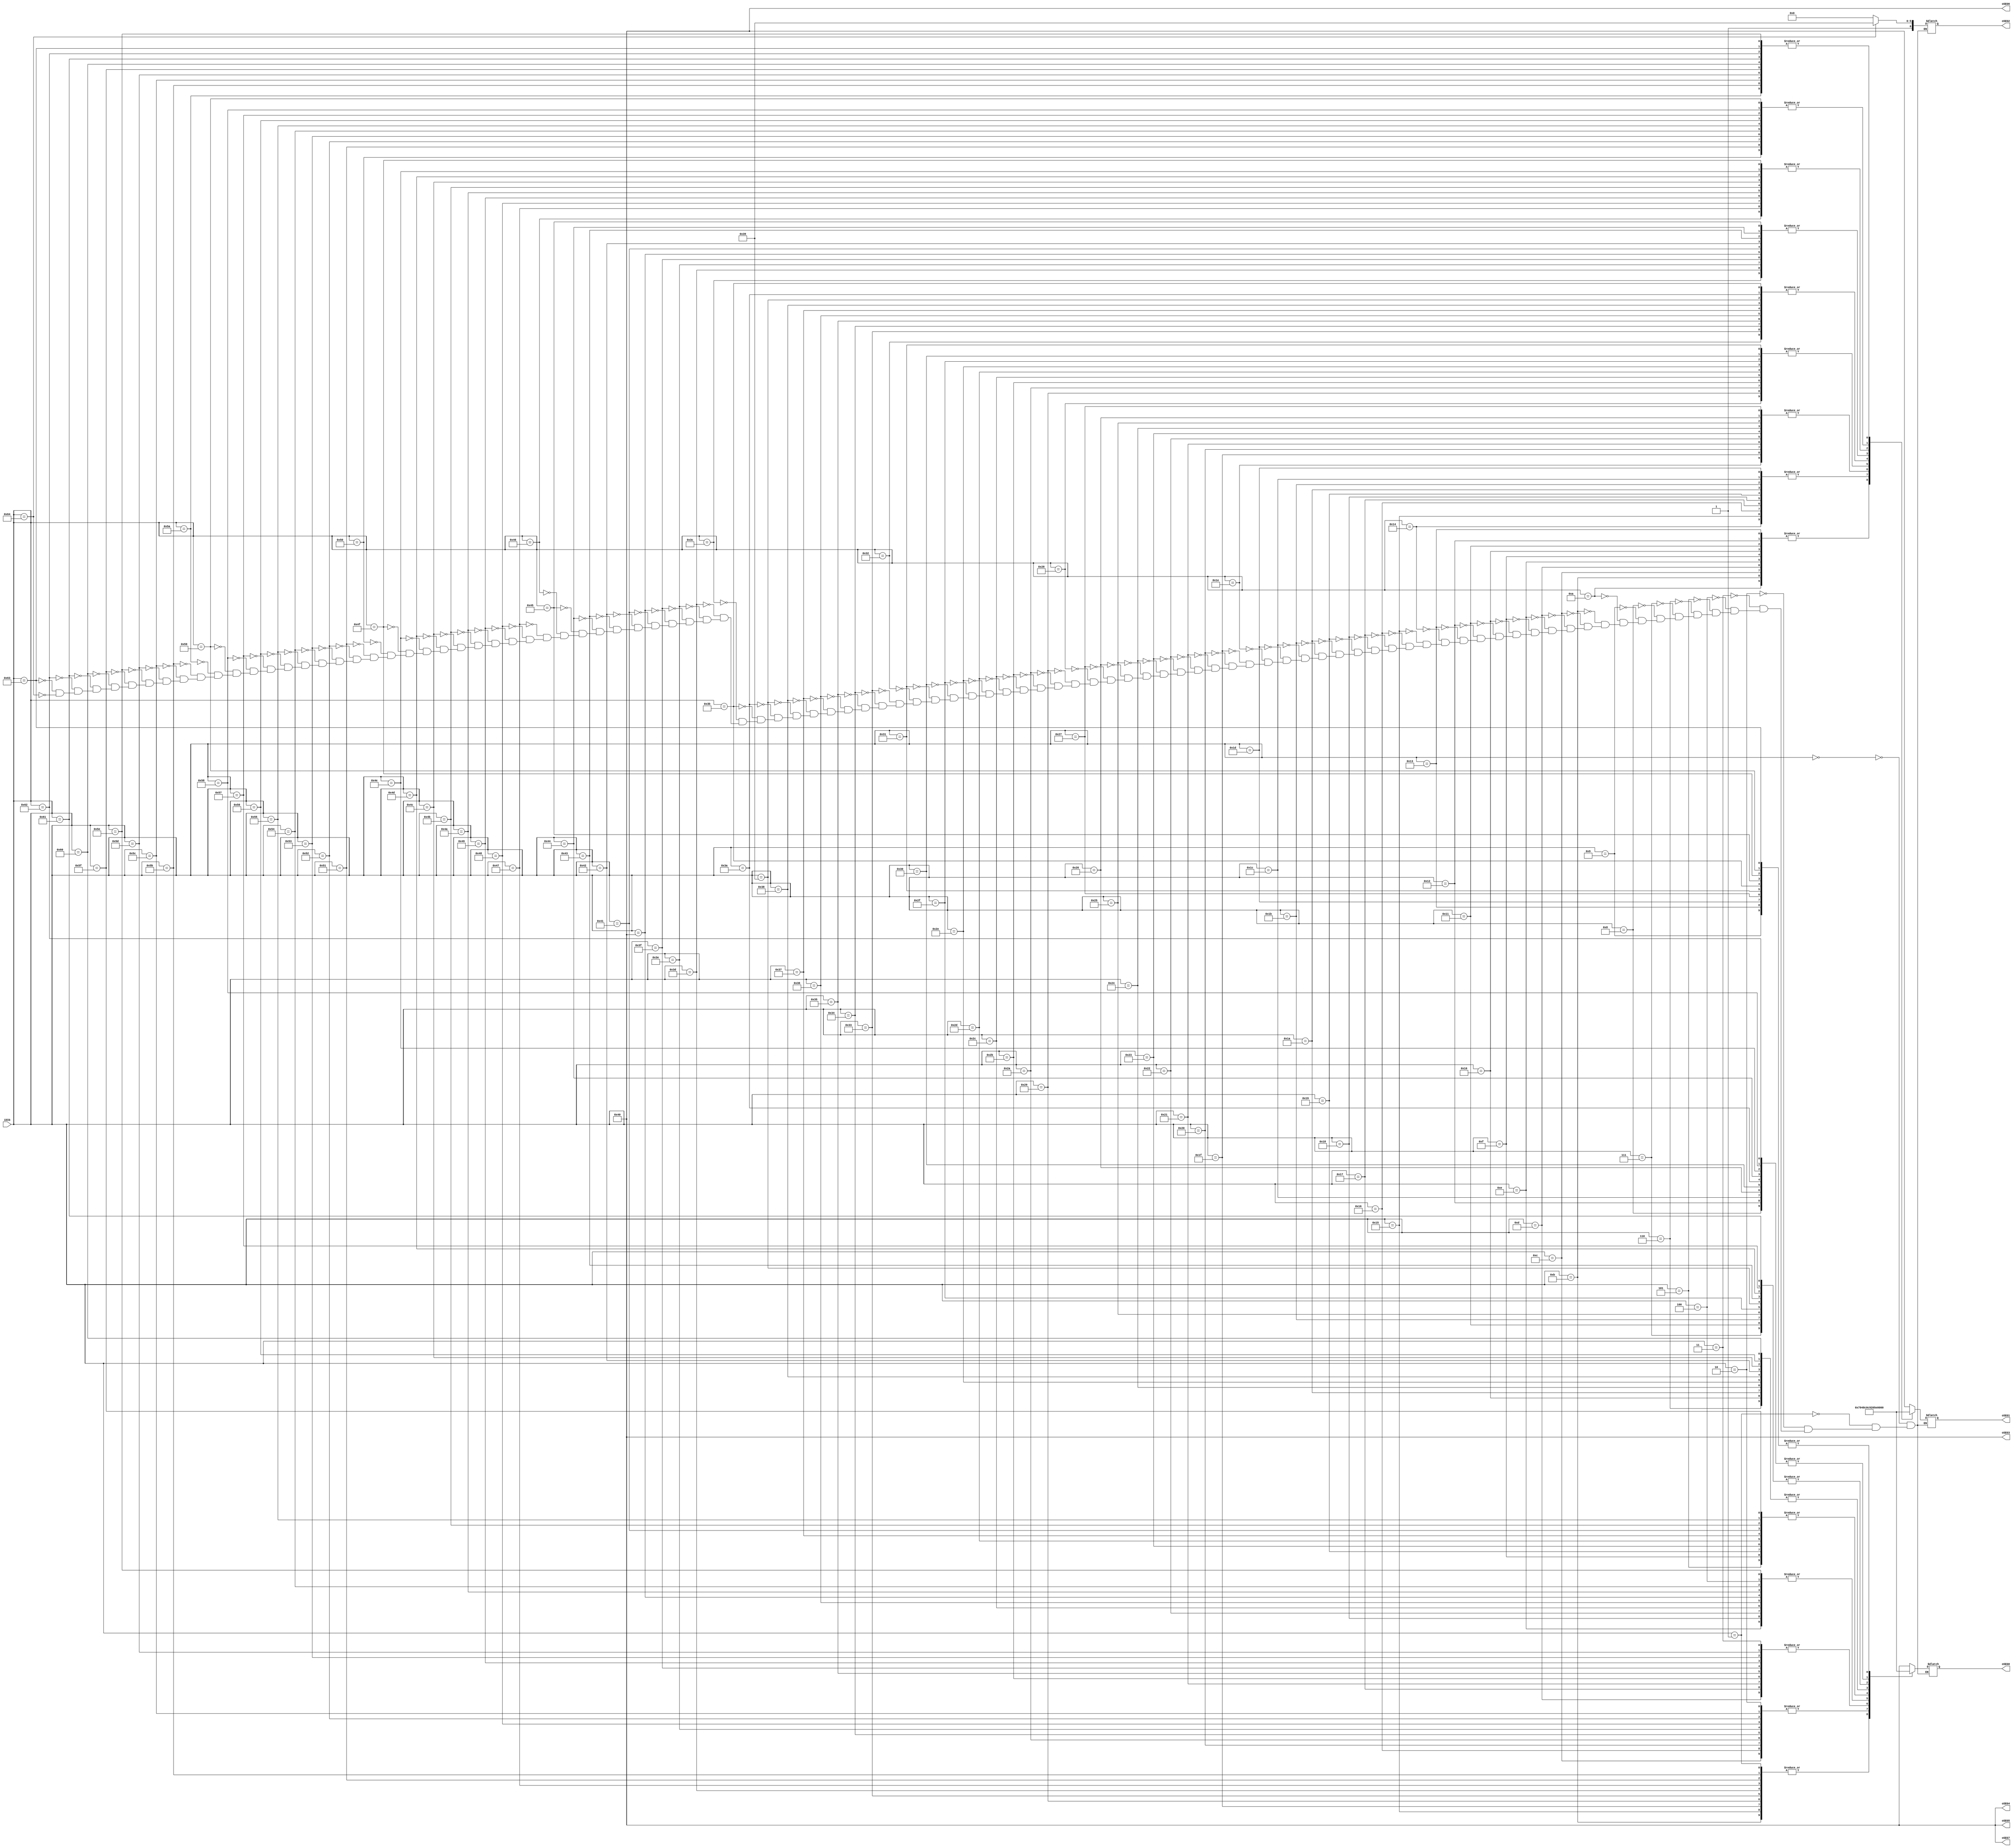
// --------------------------------------------------------------------
// Copyright (c) 2007 by Terasic Technologies Inc. 
// --------------------------------------------------------------------
//
// Permission:
//
//   Terasic grants permission to use and modify this code for use
//   in synthesis for all Terasic Development Boards and Altera Development 
//   Kits made by Terasic.  Other use of this code, including the selling 
//   ,duplication, or modification of any portion is strictly prohibited.
//
// Disclaimer:
//
//   This VHDL/Verilog or C/C++ source code is intended as a design reference
//   which illustrates how these types of functions can be implemented.
//   It is the user's responsibility to verify their design for
//   consistency and functionality through the use of formal
//   verification methods.  Terasic provides no warranty regarding the use 
//   or functionality of this code.
//
// --------------------------------------------------------------------
//           
//                     Terasic Technologies Inc
//                     356 Fu-Shin E. Rd Sec. 1. JhuBei City,
//                     HsinChu County, Taiwan
//                     302
//
//                     web: http://www.terasic.com/
//
// --------------------------------------------------------------------
//
// Major Functions:	SEG7_LUT_8
//
// --------------------------------------------------------------------
//
// Revision History :
// --------------------------------------------------------------------
//   Ver  :| Author            :| Mod. Date :| Changes Made:
//   V1.0 :| Johnny FAN        :| 07/07/09  :| Initial Revision
// --------------------------------------------------------------------

module SEG7_LUT_8 ( oSEG0,oSEG1,oSEG2,oSEG3,oSEG4,oSEG5,oSEG6,oSEG7,iDIG );
//input clk;
input	[31:0]	iDIG;
output reg	[6:0]	oSEG0,oSEG1,oSEG2,oSEG3,oSEG4,oSEG5,oSEG6,oSEG7;

always@(iDIG)
begin
	{oSEG3,oSEG4,oSEG5,oSEG6,oSEG7} =  {7'd64, 7'd64, 7'd64,7'd64,7'd64};
	case(iDIG)
		32'd0:   {oSEG2,oSEG1,oSEG0} =  {7'd64, 7'd64, 7'd64  };
		32'd1:   {oSEG2,oSEG1,oSEG0} =  {7'd64, 7'd64, 7'd121 };	
		32'd2:   {oSEG2,oSEG1,oSEG0} =  {7'd64, 7'd64, 7'd36  };	
		32'd3:   {oSEG2,oSEG1,oSEG0} =  {7'd64, 7'd64, 7'd48  };	
		32'd4:   {oSEG2,oSEG1,oSEG0} =  {7'd64, 7'd64, 7'd25  };	
		32'd5:   {oSEG2,oSEG1,oSEG0} =  {7'd64, 7'd64, 7'd18  };	
		32'd6:   {oSEG2,oSEG1,oSEG0} =  {7'd64, 7'd64, 7'd2   };	
		32'd7:   {oSEG2,oSEG1,oSEG0} =  {7'd64, 7'd64, 7'd120 };	
		32'd8:   {oSEG2,oSEG1,oSEG0} =  {7'd64, 7'd64, 7'd0   };	
		32'd9:   {oSEG2,oSEG1,oSEG0} =  {7'd64, 7'd64, 7'd24  };
		32'd10:  {oSEG2,oSEG1,oSEG0} =  {7'd64, 7'd121, 7'd64 };
		32'd11:  {oSEG2,oSEG1,oSEG0} =  {7'd64, 7'd121, 7'd121};	
		32'd12:  {oSEG2,oSEG1,oSEG0} =  {7'd64, 7'd121, 7'd36 };	
		32'd13:  {oSEG2,oSEG1,oSEG0} =  {7'd64, 7'd121, 7'd48 };	
		32'd14:  {oSEG2,oSEG1,oSEG0} =  {7'd64, 7'd121, 7'd25 };	
		32'd15:  {oSEG2,oSEG1,oSEG0} =  {7'd64, 7'd121, 7'd18 };	
		32'd16:  {oSEG2,oSEG1,oSEG0} =  {7'd64, 7'd121, 7'd2  };	
		32'd17:  {oSEG2,oSEG1,oSEG0} =  {7'd64, 7'd121, 7'd120};	
		32'd18:  {oSEG2,oSEG1,oSEG0} =  {7'd64, 7'd121, 7'd0  };	
		32'd19:  {oSEG2,oSEG1,oSEG0} =  {7'd64, 7'd121, 7'd24 };
		32'd20:  {oSEG2,oSEG1,oSEG0} =  {7'd64, 7'd36, 7'd64  };
		32'd21:  {oSEG2,oSEG1,oSEG0} =  {7'd64, 7'd36, 7'd121 };	
		32'd22:  {oSEG2,oSEG1,oSEG0} =  {7'd64, 7'd36, 7'd36  };	
		32'd23:  {oSEG2,oSEG1,oSEG0} =  {7'd64, 7'd36, 7'd48  };	
		32'd24:  {oSEG2,oSEG1,oSEG0} =  {7'd64, 7'd36, 7'd25  };	
		32'd25:  {oSEG2,oSEG1,oSEG0} =  {7'd64, 7'd36, 7'd18  };	
		32'd26:  {oSEG2,oSEG1,oSEG0} =  {7'd64, 7'd36, 7'd2   };	
		32'd27:  {oSEG2,oSEG1,oSEG0} =  {7'd64, 7'd36, 7'd120 };	
		32'd28:  {oSEG2,oSEG1,oSEG0} =  {7'd64, 7'd36, 7'd0   };	
		32'd29:  {oSEG2,oSEG1,oSEG0} =  {7'd64, 7'd36, 7'd24  };
		32'd30:  {oSEG2,oSEG1,oSEG0} =  {7'd64, 7'd48, 7'd64  };
		32'd31:  {oSEG2,oSEG1,oSEG0} =  {7'd64, 7'd48, 7'd121 };	
		32'd32:  {oSEG2,oSEG1,oSEG0} =  {7'd64, 7'd48, 7'd36  };	
		32'd33:  {oSEG2,oSEG1,oSEG0} =  {7'd64, 7'd48, 7'd48  };	
		32'd34:  {oSEG2,oSEG1,oSEG0} =  {7'd64, 7'd48, 7'd25  };	
		32'd35:  {oSEG2,oSEG1,oSEG0} =  {7'd64, 7'd48, 7'd18  };	
		32'd36:  {oSEG2,oSEG1,oSEG0} =  {7'd64, 7'd48, 7'd2   };	
		32'd37:  {oSEG2,oSEG1,oSEG0} =  {7'd64, 7'd48, 7'd120 };	
		32'd38:  {oSEG2,oSEG1,oSEG0} =  {7'd64, 7'd48, 7'd0   };	
		32'd39:  {oSEG2,oSEG1,oSEG0} =  {7'd64, 7'd48, 7'd24  };
		32'd40:  {oSEG2,oSEG1,oSEG0} =  {7'd64, 7'd25, 7'd64  };
		32'd41:  {oSEG2,oSEG1,oSEG0} =  {7'd64, 7'd25, 7'd121 };	
		32'd42:  {oSEG2,oSEG1,oSEG0} =  {7'd64, 7'd25, 7'd36  };	
		32'd43:  {oSEG2,oSEG1,oSEG0} =  {7'd64, 7'd25, 7'd48  };	
		32'd44:  {oSEG2,oSEG1,oSEG0} =  {7'd64, 7'd25, 7'd25  };	
		32'd45:  {oSEG2,oSEG1,oSEG0} =  {7'd64, 7'd25, 7'd18  };	
		32'd46:  {oSEG2,oSEG1,oSEG0} =  {7'd64, 7'd25, 7'd2   };	
		32'd47:  {oSEG2,oSEG1,oSEG0} =  {7'd64, 7'd25, 7'd120 };	
		32'd48:  {oSEG2,oSEG1,oSEG0} =  {7'd64, 7'd25, 7'd0   };	
		32'd49:  {oSEG2,oSEG1,oSEG0} =  {7'd64, 7'd25, 7'd24  };
		32'd50:  {oSEG2,oSEG1,oSEG0} =  {7'd64, 7'd18, 7'd64  };
		32'd51:  {oSEG2,oSEG1,oSEG0} =  {7'd64, 7'd18, 7'd121 };	
		32'd52:  {oSEG2,oSEG1,oSEG0} =  {7'd64, 7'd18, 7'd36  };	
		32'd53:  {oSEG2,oSEG1,oSEG0} =  {7'd64, 7'd18, 7'd48  };	
		32'd54:  {oSEG2,oSEG1,oSEG0} =  {7'd64, 7'd18, 7'd25  };	
		32'd55:  {oSEG2,oSEG1,oSEG0} =  {7'd64, 7'd18, 7'd18  };	
		32'd56:  {oSEG2,oSEG1,oSEG0} =  {7'd64, 7'd18, 7'd2   };	
		32'd57:  {oSEG2,oSEG1,oSEG0} =  {7'd64, 7'd18, 7'd120 };	
		32'd58:  {oSEG2,oSEG1,oSEG0} =  {7'd64, 7'd18, 7'd0   };	
		32'd59:  {oSEG2,oSEG1,oSEG0} =  {7'd64, 7'd18, 7'd24  };
		32'd60:  {oSEG2,oSEG1,oSEG0} =  {7'd64, 7'd2, 7'd64   };
		32'd61:  {oSEG2,oSEG1,oSEG0} =  {7'd64, 7'd2, 7'd121  };	
		32'd62:  {oSEG2,oSEG1,oSEG0} =  {7'd64, 7'd2, 7'd36   };
		32'd63:  {oSEG2,oSEG1,oSEG0} =  {7'd64, 7'd2, 7'd48   };
		32'd64:  {oSEG2,oSEG1,oSEG0} =  {7'd64, 7'd2, 7'd25   };
		32'd65:  {oSEG2,oSEG1,oSEG0} =  {7'd64, 7'd2, 7'd18   };
		32'd66:  {oSEG2,oSEG1,oSEG0} =  {7'd64, 7'd2, 7'd2    };
		32'd67:  {oSEG2,oSEG1,oSEG0} =  {7'd64, 7'd2, 7'd120  };
		32'd68:  {oSEG2,oSEG1,oSEG0} =  {7'd64, 7'd2, 7'd0    };
		32'd69:  {oSEG2,oSEG1,oSEG0} =  {7'd64, 7'd2, 7'd24   };
		32'd70:  {oSEG2,oSEG1,oSEG0} =  {7'd64, 7'd120, 7'd64 };
		32'd71:  {oSEG2,oSEG1,oSEG0} =  {7'd64, 7'd120, 7'd121};	
		32'd72:  {oSEG2,oSEG1,oSEG0} =  {7'd64, 7'd120, 7'd36 };	
		32'd73:  {oSEG2,oSEG1,oSEG0} =  {7'd64, 7'd120, 7'd48 };	
		32'd74:  {oSEG2,oSEG1,oSEG0} =  {7'd64, 7'd120, 7'd25 };	
		32'd75:  {oSEG2,oSEG1,oSEG0} =  {7'd64, 7'd120, 7'd18 };	
		32'd76:  {oSEG2,oSEG1,oSEG0} =  {7'd64, 7'd120, 7'd2  };	
		32'd77:  {oSEG2,oSEG1,oSEG0} =  {7'd64, 7'd120, 7'd120};	
		32'd78:  {oSEG2,oSEG1,oSEG0} =  {7'd64, 7'd120, 7'd0  };	
		32'd79:  {oSEG2,oSEG1,oSEG0} =  {7'd64, 7'd120, 7'd24 };
		32'd80:  {oSEG2,oSEG1,oSEG0} =  {7'd64, 7'd0, 7'd64   };
		32'd81:  {oSEG2,oSEG1,oSEG0} =  {7'd64, 7'd0, 7'd121  };
		32'd82:  {oSEG2,oSEG1,oSEG0} =  {7'd64, 7'd0, 7'd36   };
		32'd83:  {oSEG2,oSEG1,oSEG0} =  {7'd64, 7'd0, 7'd48   };
		32'd84:  {oSEG2,oSEG1,oSEG0} =  {7'd64, 7'd0, 7'd25   };
		32'd85:  {oSEG2,oSEG1,oSEG0} =  {7'd64, 7'd0, 7'd18   };
		32'd86:  {oSEG2,oSEG1,oSEG0} =  {7'd64, 7'd0, 7'd2    };
		32'd87:  {oSEG2,oSEG1,oSEG0} =  {7'd64, 7'd0, 7'd120  };
		32'd88:  {oSEG2,oSEG1,oSEG0} =  {7'd64, 7'd0, 7'd0    };
		32'd89:  {oSEG2,oSEG1,oSEG0} =  {7'd64, 7'd0, 7'd24   };
		32'd90:  {oSEG2,oSEG1,oSEG0} =  {7'd64, 7'd24, 7'd64  };
		32'd91:  {oSEG2,oSEG1,oSEG0} =  {7'd64, 7'd24, 7'd121 };	
		32'd92:  {oSEG2,oSEG1,oSEG0} =  {7'd64, 7'd24, 7'd36  };	
		32'd93:  {oSEG2,oSEG1,oSEG0} =  {7'd64, 7'd24, 7'd48  };	
		32'd94:  {oSEG2,oSEG1,oSEG0} =  {7'd64, 7'd24, 7'd25  };	
		32'd95:  {oSEG2,oSEG1,oSEG0} =  {7'd64, 7'd24, 7'd18  }; 	
		32'd96:  {oSEG2,oSEG1,oSEG0} =  {7'd64, 7'd24, 7'd2   };	
		32'd97:  {oSEG2,oSEG1,oSEG0} =  {7'd64, 7'd24, 7'd120 };	
		32'd98:  {oSEG2,oSEG1,oSEG0} =  {7'd64, 7'd24, 7'd0   }; 	
		32'd99:  {oSEG2,oSEG1,oSEG0} =  {7'd64, 7'd24, 7'd24  }; 
		32'd100: {oSEG2,oSEG1,oSEG0} =  {7'd121, 7'd64, 7'd64 };	
	endcase

end
/*


SEG7_LUT	u0	(	oSEG0,iDIG[3:0],clk   );
SEG7_LUT	u1	(	oSEG1,iDIG[7:4],clk   );
SEG7_LUT	u2	(	oSEG2,iDIG[11:8],clk  );
SEG7_LUT	u3	(	oSEG3,iDIG[15:12],clk	);
SEG7_LUT	u4	(	oSEG4,iDIG[19:16],clk	);
SEG7_LUT	u5	(	oSEG5,iDIG[23:20],clk	);
SEG7_LUT	u6	(	oSEG6,iDIG[27:24],clk	);
SEG7_LUT	u7	(	oSEG7,iDIG[31:28],clk	);
*/
endmodule